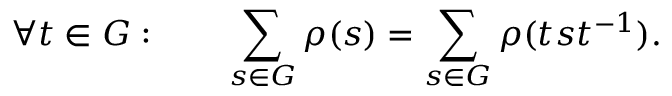
\forall t \in G : \qquad \sum _ { s \in G } \rho ( s ) = \sum _ { s \in G } \rho ( t s t ^ { - 1 } ) .